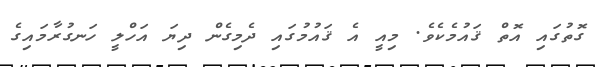
ގޮތުގައި އޮތް ޤައުމެކެވެ. މިއީ އެ ޤައުމުގައި ދެމިގެން ދިޔަ އަހްލީ ހަނގުރާމައިގެ